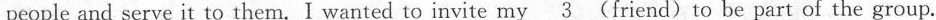
people and serve it to them. I wanted to invite my \underline{ 3} (friend) to be part of the group.